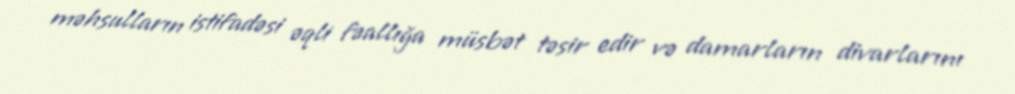
məhsulların istifadəsi əqli fəallığa müsbət təsir edir və damarların divarlarını